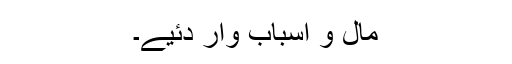
مال و اسباب وار دئیے۔